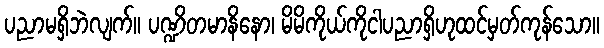
ပညာမရှိဘဲလျက်။ ပဏ္ဍိတမာနိနော၊ မိမိကိုယ်ကိုငါပညာရှိဟုထင်မှတ်ကုန်သော။